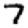
Digit: 7